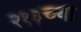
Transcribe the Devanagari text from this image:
२१३च्या